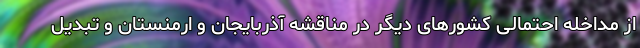
از مداخله احتمالی کشورهای دیگر در مناقشه آذربایجان و ارمنستان و تبدیل